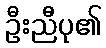
ဦးညီပု၏